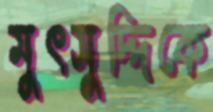
মুৎসুদ্দিকে